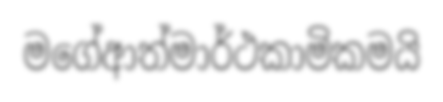
මගේආත්මාර්ථකාමිකමයි